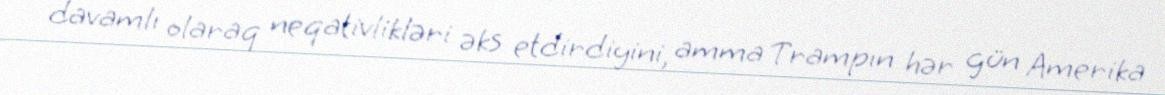
davamlı olaraq neqativlikləri əks etdirdiyini, amma Trampın hər gün Amerika